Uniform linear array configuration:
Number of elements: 32
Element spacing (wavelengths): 0.5
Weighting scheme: cosine
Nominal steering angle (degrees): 60
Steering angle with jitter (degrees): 58.862
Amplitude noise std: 0.05
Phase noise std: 0.05

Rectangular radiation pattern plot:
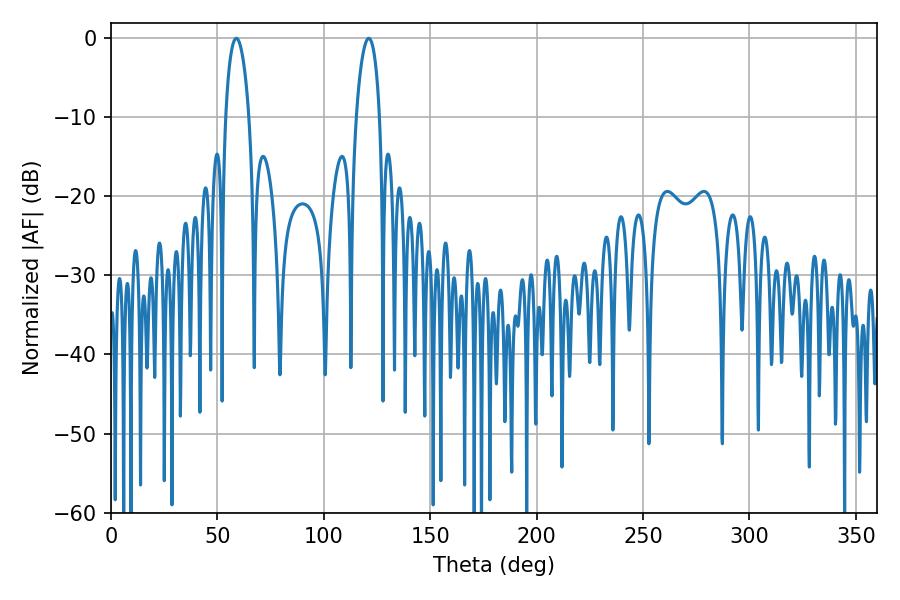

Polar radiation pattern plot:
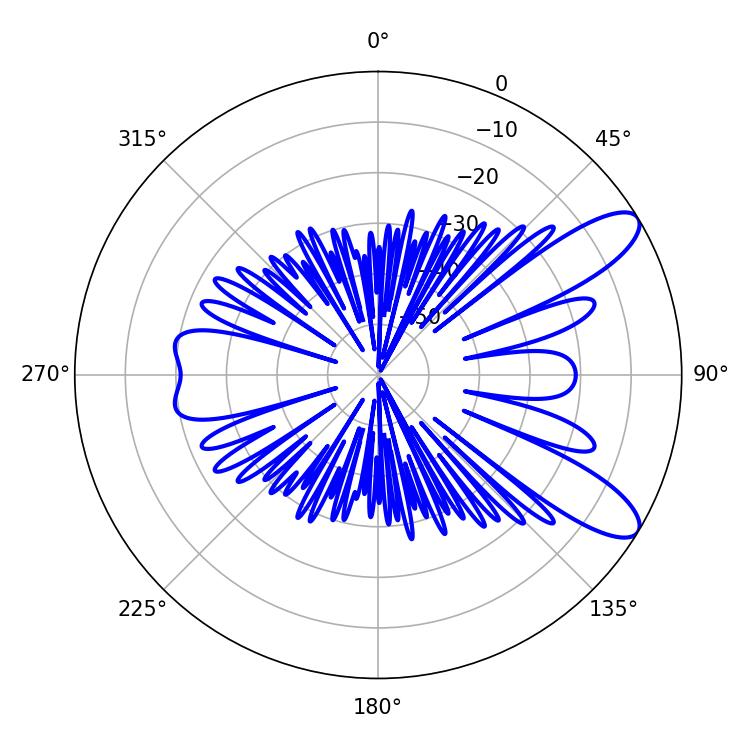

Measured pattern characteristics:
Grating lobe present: FALSE
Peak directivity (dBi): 9.963
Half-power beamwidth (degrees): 6.12
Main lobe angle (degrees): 58.86